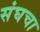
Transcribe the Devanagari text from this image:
संघचा